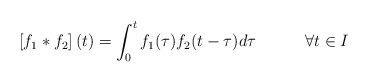
\begin{align*}\left[f_{1}*f_{2}\right](t)=\int_{0}^{t}f_{1}(\tau)f_{2}(t-\tau)d\tau\qquad\quad\forall t\in I\end{align*}